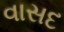
વાસદ